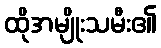
ထိုအမျိုးသမီး၏